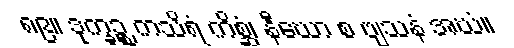
၈၉။ ဒုက္ခဉ္စ ကသိရံ ကိစ္ဆံ၊ နီဃော စ ဗျသနံ အဃံ။